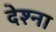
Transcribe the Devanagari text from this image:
देश्ना